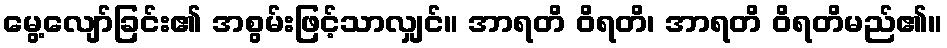
မွေ့လျော်ခြင်း၏ အစွမ်းဖြင့်သာလျှင်။ အာရတိ ဝိရတိ၊ အာရတိ ဝိရတိမည်၏။